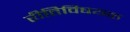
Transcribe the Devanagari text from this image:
रीतिविषयक